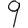
Digit: 9